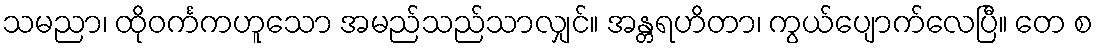
သမညာ၊ ထိုဝင်္ကကဟူသော အမည်သည်သာလျှင်။ အန္တရဟိတာ၊ ကွယ်ပျောက်လေပြီ။ တေ စ